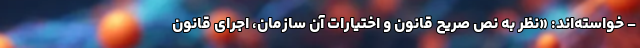
- خواسته‌اند: «نظر به نص صریح قانون و اختیارات آن سازمان، اجرای قانون